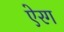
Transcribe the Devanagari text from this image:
ऐरग